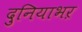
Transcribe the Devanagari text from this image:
दुनियाभऱ